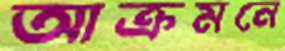
আক্রমনে